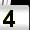
Digit: 4